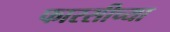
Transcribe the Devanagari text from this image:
फारसीच्या